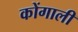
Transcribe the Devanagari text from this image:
कोंगाली